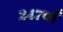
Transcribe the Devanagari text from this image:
२४७वाँ